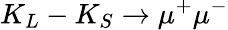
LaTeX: K_{L}-K_{S}\rightarrow\mu^{+}\mu^{-}